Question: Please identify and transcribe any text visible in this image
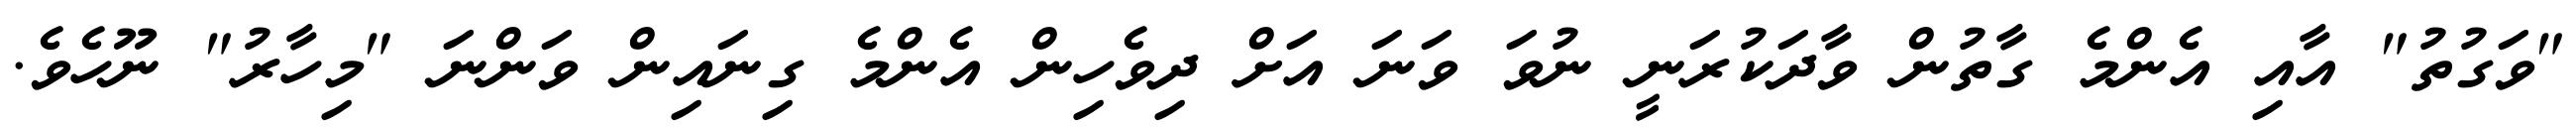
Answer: "ވަގުތު" އާއި އެންމެ ގާތުން ވާދަކުރަނީ ނުވަ ވަނަ އަށް ދިވެހިން އެންމެ ގިނައިން ވަންނަ "މިހާރު" ނޫހެވެ.